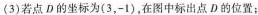
(3)若点D的坐标为(3，-1)，在图中标出点D的位置；